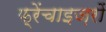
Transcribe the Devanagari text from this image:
फ़्रेंचाइज़रों